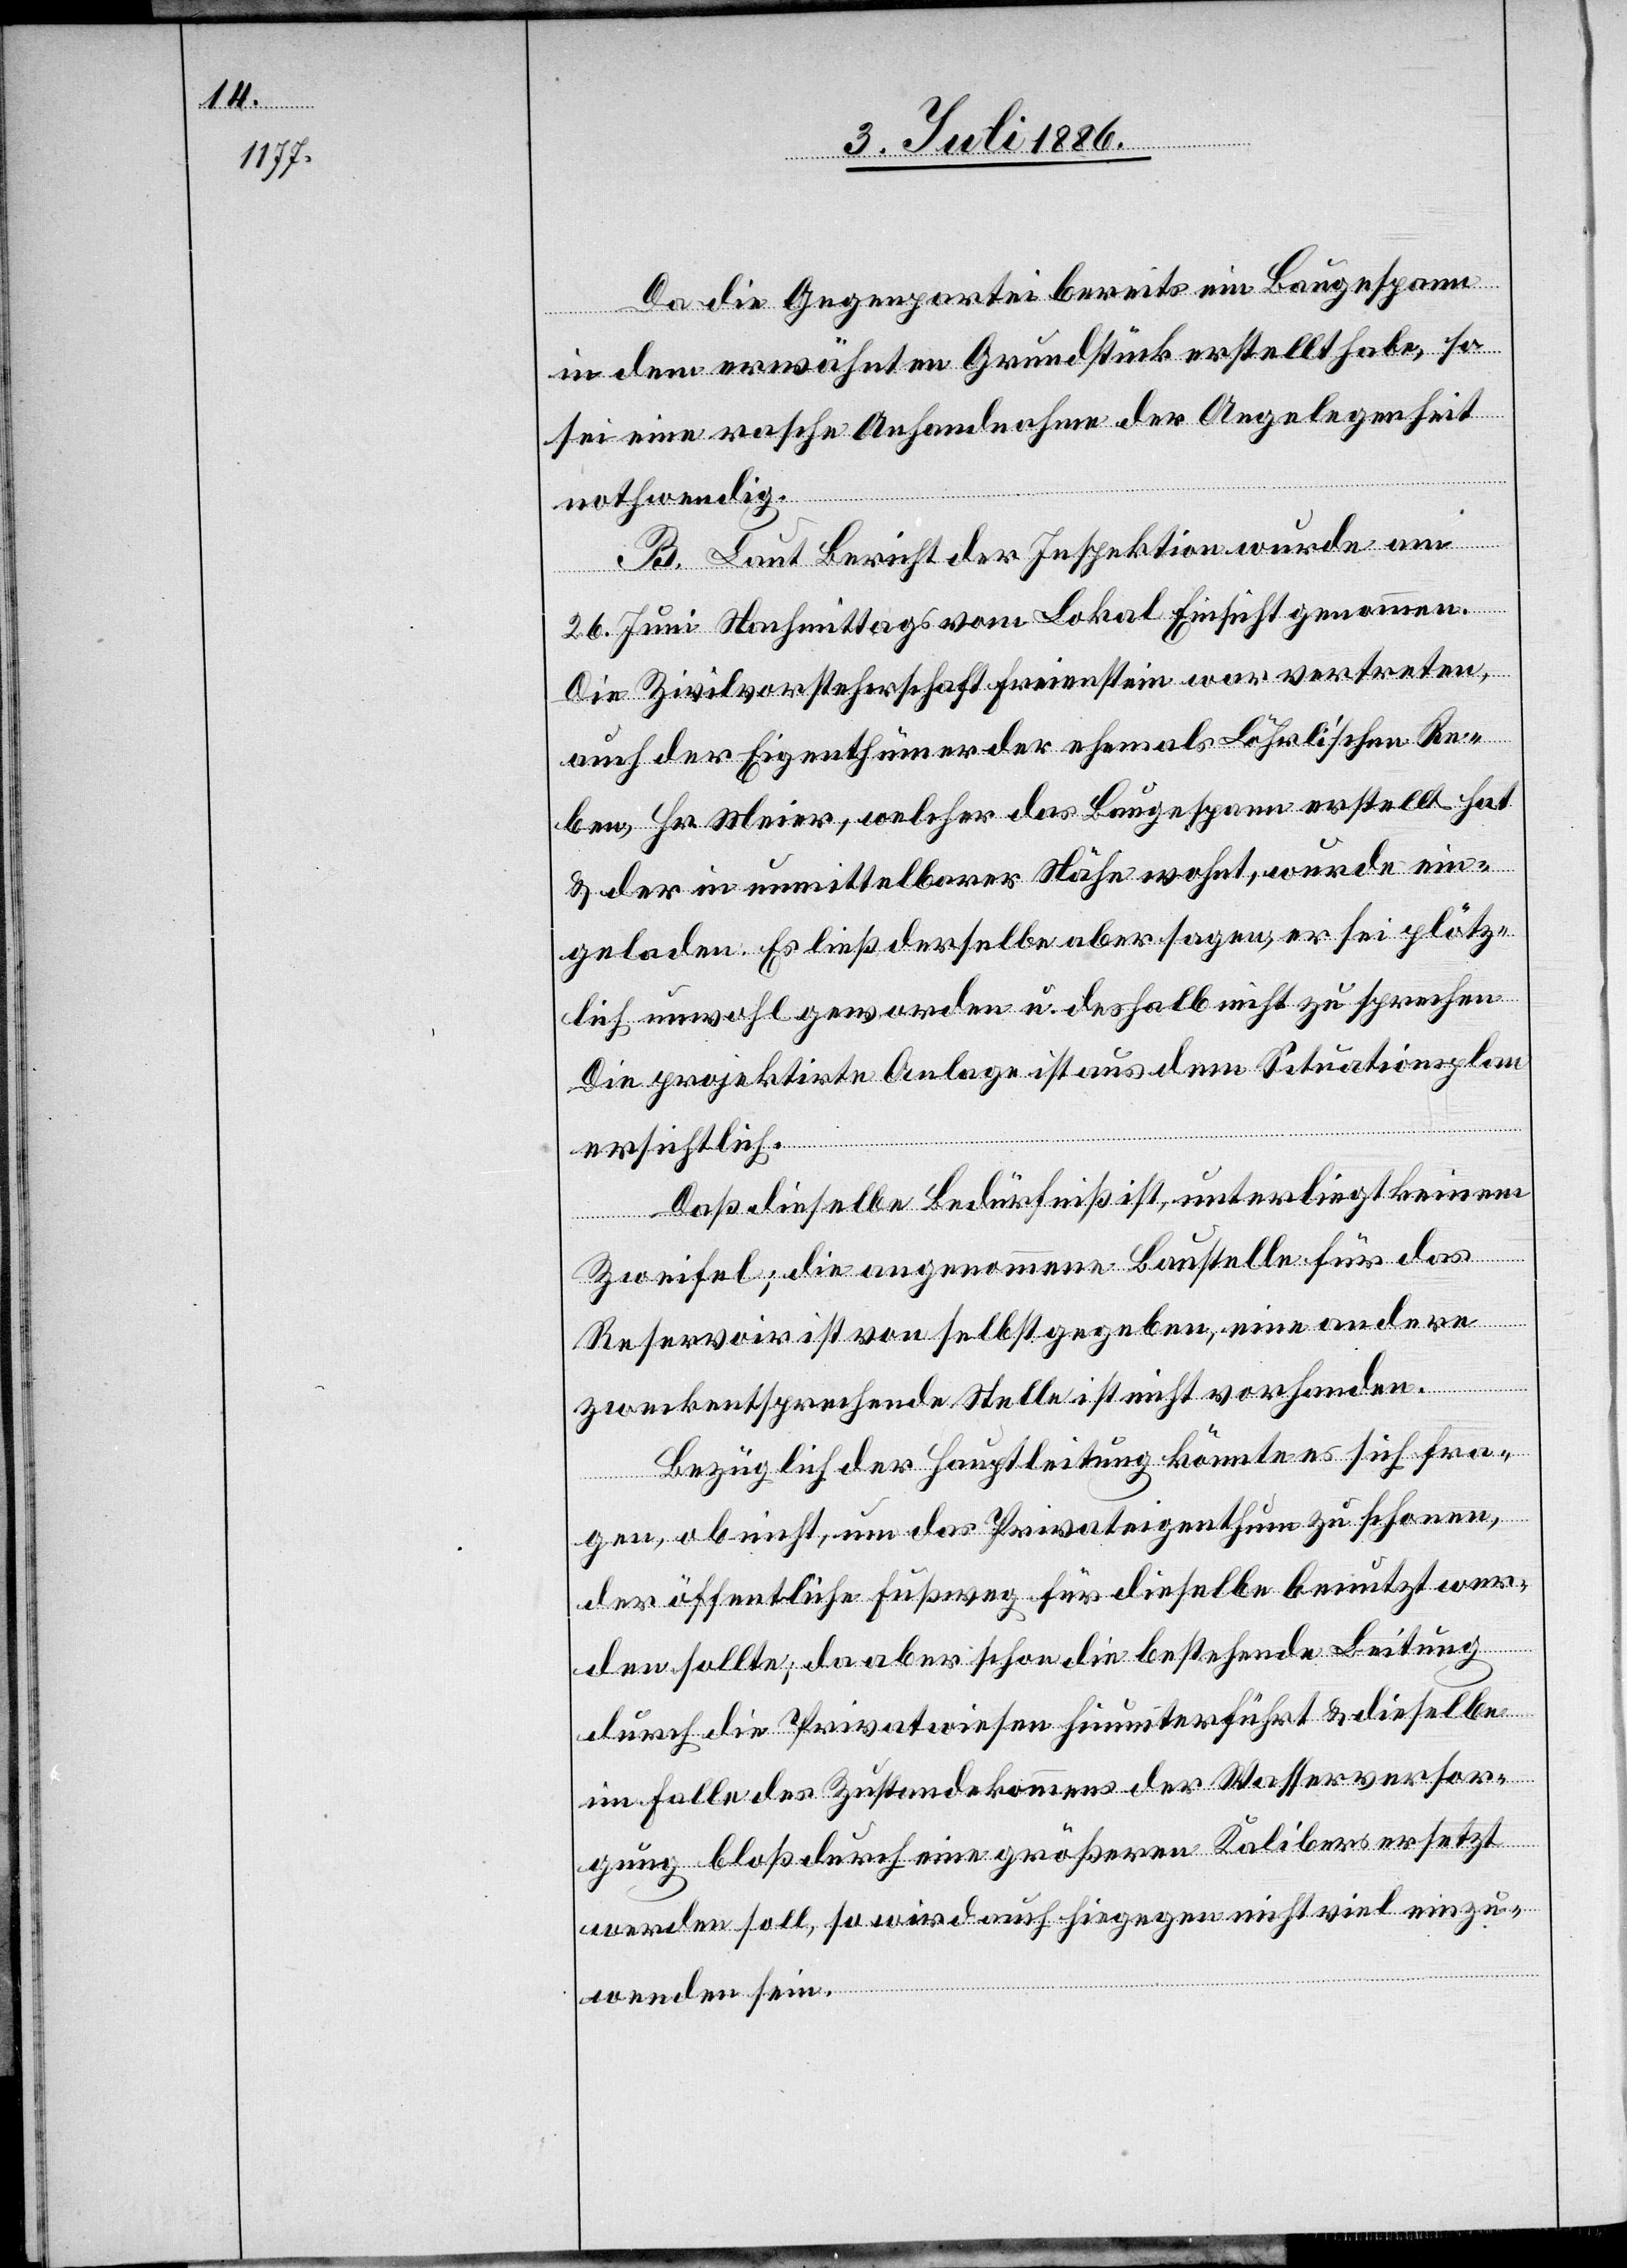
Da die Gegenpartei bereits ein Baugespann
in dem erwähnten Grundstück erstellt habe, so
sei eine rasche Anhandnahme der Angelegenheit
nothwendig.
B. Laut Bericht der Inspektion wurde am
26. Juni Nachmittags vom Lokal Einsicht genommen.
Die Zivilvorsteherschaft Freienstein war vertreten,
auch der Eigenthümer der ehemals Löhrli’schen Re¬
ben, Hr. Meier, welcher das Baugespann erstellt hat
& der in unmittelbarer Nähe wohnt, wurde ein¬
geladen. Es ließ derselbe aber sagen, er sei plötz¬
lich unwohl geworden u. deshalb nicht zu sprechen.
Die projektirte Anlage ist aus dem Situationsplan
ersichtlich
Daß dieselbe Bedürfniß ist, unterliegt keinem
Zweifel; die angenommene Baustelle für das
Reservoir ist von selbst gegeben, eine andere
zweckentsprechende Stelle ist nicht vorhanden.
Bezüglich der Hauptleitung könnte es sich fra¬
gen, ob nicht, um das Privateigenthum zu schonen,
der öffentliche Fußweg für dieselbe benutzt wer¬
den sollte; da aber schon die bestehende Leitung
durch die Privatwiesen hinunterführt & dieselbe
im Falle des Zustandekommens der Wasserversor¬
gung bloß durch eine größeren Kalibers ersetzt
werden soll, so wird auch hiegegen nicht viel einzu¬
wenden sein.